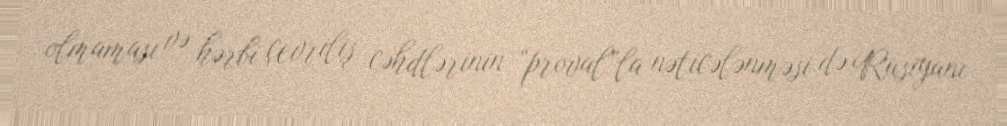
olmaması və hərbi çevriliş cəhdlərinin “proval”la nəticələnməsi də Rusiyanı